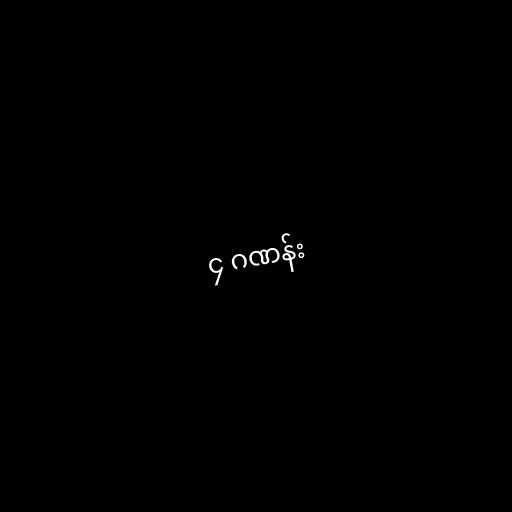
၄ ဂဏန်း